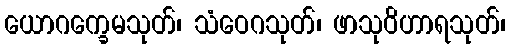
ယောဂက္ခေမသုတ်၊ သံဝေဂသုတ်၊ ဖာသုဝိဟာရသုတ်၊